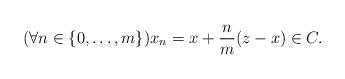
LaTeX: \begin{align*}(\forall n\in\{0,\ldots,m\}) x_n=x+\dfrac{n}{m}(z-x)\in C.\end{align*}